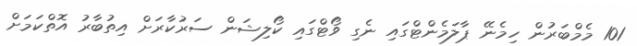
101 މެމްބަރުން ހިމެނޭ ޕާލަމެންޓްގައި ނެގި ވޯޓްގައި ކޯލިޝަން ސަރުކާރަށް އިތުބާރު އޮތްކަމަށް